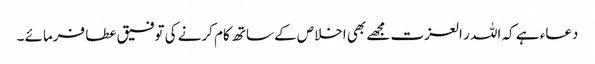
دعاء ہے کہ اللہ ر العزت مجھے بھی اخلاص کے ساتھ کام کرنے کی توفیق عطا فرمائے ۔